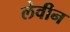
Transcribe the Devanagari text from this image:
लेवीन